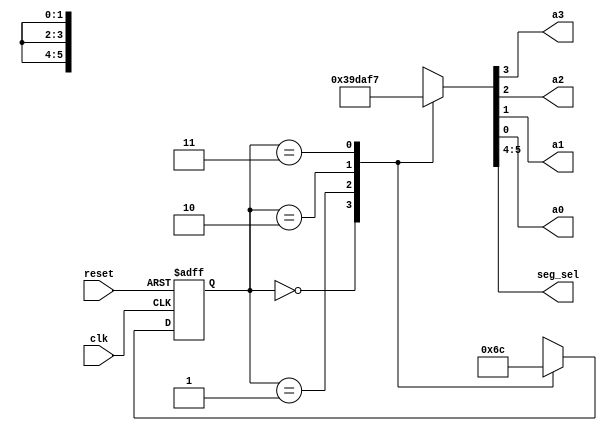
`timescale 1ns / 1ps
//////////////////////////////////////////////////////////////////////////////////
// Company:   CSULB Student
//            Derrik Bulmer
// 
// Design Name: 
// Module Name:    led_controller 
// Project Name: 
// Target Devices: 
// Tool versions: 
// Description: 
//      Generates the signal for the
//      7-segment display and select signals
//      for the address/data nibbles
//
// Dependencies: 
//      LED Clock's output and reset from button 3
//
// Revision: 
// Revision 0.01 - File Created
// Additional Comments: 
//
//////////////////////////////////////////////////////////////////////////////////
module led_controller(clk,reset,a3,a2,a1,a0,seg_sel);
   input          clk, reset;
   output         a3,a2,a1,a0;    //Represents the anodes
   reg            a3,a2,a1,a0;
   output  [1:0]  seg_sel;
   reg     [1:0]  seg_sel;
	               
   reg     [1:0]  ps;
   reg     [1:0]  ns;
	
   // next state combo
   always @(ps) 
     begin
       case(ps)
         2'b00:   ns = 2'b01;
         2'b01:   ns = 2'b10;
         2'b10:   ns = 2'b11;
         2'b11:   ns = 2'b00;
         default: ns = 2'b00;
     endcase
   end
	
   // state reg
   always@(posedge clk, posedge reset)
   begin
      if(reset == 1'b1)  ps = 2'b00;
      else               ps = ns;
   end

	// output combo logic
   always@(ps)
   begin
      case(ps)
         2'b00:   {seg_sel,a3,a2,a1,a0} = 6'b001110; // 00 in admux is S_lo
         2'b01:   {seg_sel,a3,a2,a1,a0} = 6'b011101; // 01 in admux is S_hi
         2'b10:   {seg_sel,a3,a2,a1,a0} = 6'b101011; // 10 in admux is R_lo
         2'b11:   {seg_sel,a3,a2,a1,a0} = 6'b110111; // 11 in admux is R_hi
         default: {seg_sel,a3,a2,a1,a0} = 6'b001110; 
      endcase
   end

endmodule